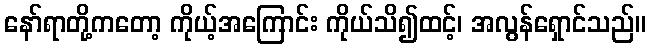
နော်ရာတို့ကတော့ ကိုယ့်အကြောင်း ကိုယ်သိ၍ထင့်၊ အလွန်ရှောင်သည်။